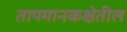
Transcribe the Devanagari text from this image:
तापमानकक्षेतील